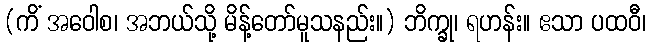
(ကိံ အဝေါစ၊ အဘယ်သို့ မိန့်တော်မူသနည်း။) ဘိက္ခု၊ ရဟန်း။ ဧသာ ပထဝီ၊